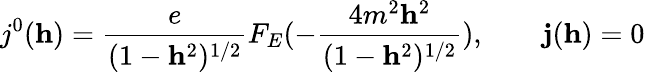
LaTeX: j^{0}({\mathbf h})=\frac{e}{(1-{\mathbf h}^{2})^{1/2}}F_{E}(-\frac{4m^{2}{\mathbf h}^{2}}{(1-{\mathbf h}^{2})^{1/2}}),\qquad{\mathbf j}({\mathbf h})=0